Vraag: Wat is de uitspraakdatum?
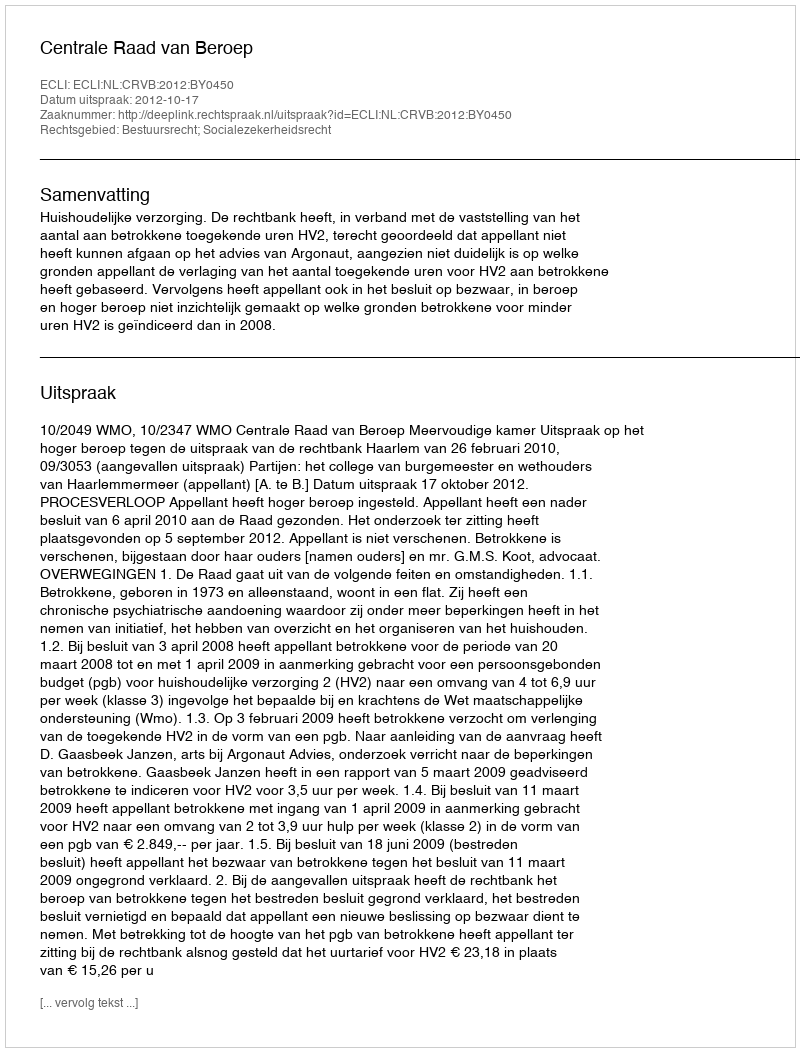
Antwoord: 2012-10-17